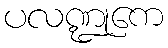
ပလဏ္ဍုကေ